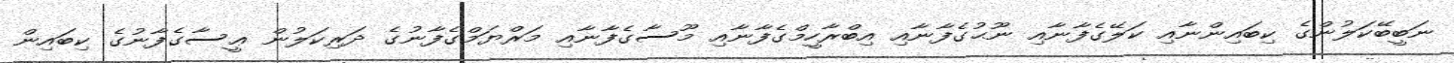
ނަބީބޭކަލުންގެ ކިބައިންނާއި ކަލޭގެފާނާއި ނޫޙުގެފާނާއި އިބްރާހީމްގެފާނާއި މޫސާގެފާނާއި މަރްޔަމްގެފާނުގެ ދަރިކަލުން ޢީސާގެފާނުގެ ކިބައިން